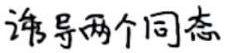
诱导两个同态